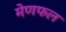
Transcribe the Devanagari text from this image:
मेणफल